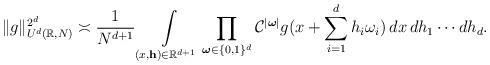
LaTeX: \begin{align*}\Vert g \Vert_{U^{d}(\mathbb{R},N)}^{2^{d}} \asymp \frac{1}{N^{d+1}}\int\limits_{(x,\mathbf{h}) \in\mathbb{R}^{d+1}} \prod\limits_{\boldsymbol{\omega}\in \{0,1\}^d}\mathcal{C}^{\vert \boldsymbol{\omega} \vert} g(x+\sum\limits_{i=1}^d h_i\omega_i) \, dx\,dh_1\cdots dh_d.\end{align*}